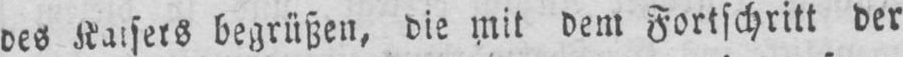
des Kaisers begrüßen, die mit dem Fortschritt der